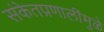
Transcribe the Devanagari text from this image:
संकेतप्रणालींमुळे